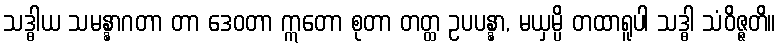
သဒ္ဓါယ သမန္နာဂတာ တာ ဒေဝတာ ဣတော စုတာ တတ္ထ ဥပပန္နာ, မယှမ္ပိ တထာရူပါ သဒ္ဓါ သံဝိဇ္ဇတိ။